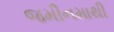
જમીનમાથી